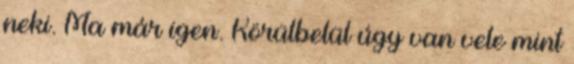
neki. Ma már igen. Körülbelül úgy van vele mint